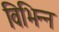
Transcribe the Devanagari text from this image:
विभिन्न